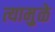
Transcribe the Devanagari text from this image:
त्यामु़ळे